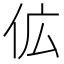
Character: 𬽷